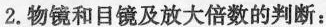
2.物镜和目镜及放大倍数的判断：